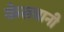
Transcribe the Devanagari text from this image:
केसवानी